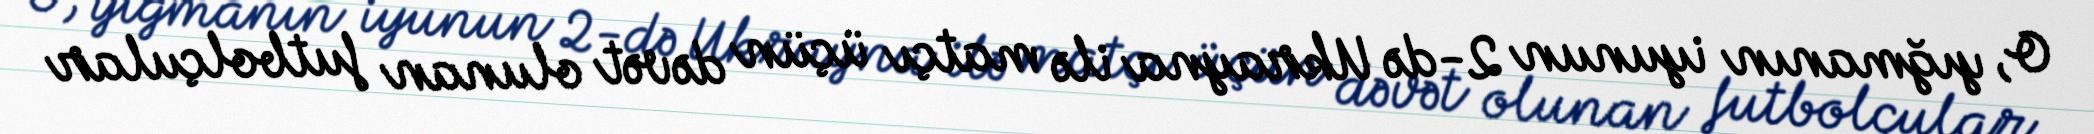
O, yığmanın iyunun 2-də Ukrayna ilə matçı üçün dəvət olunan futbolçular